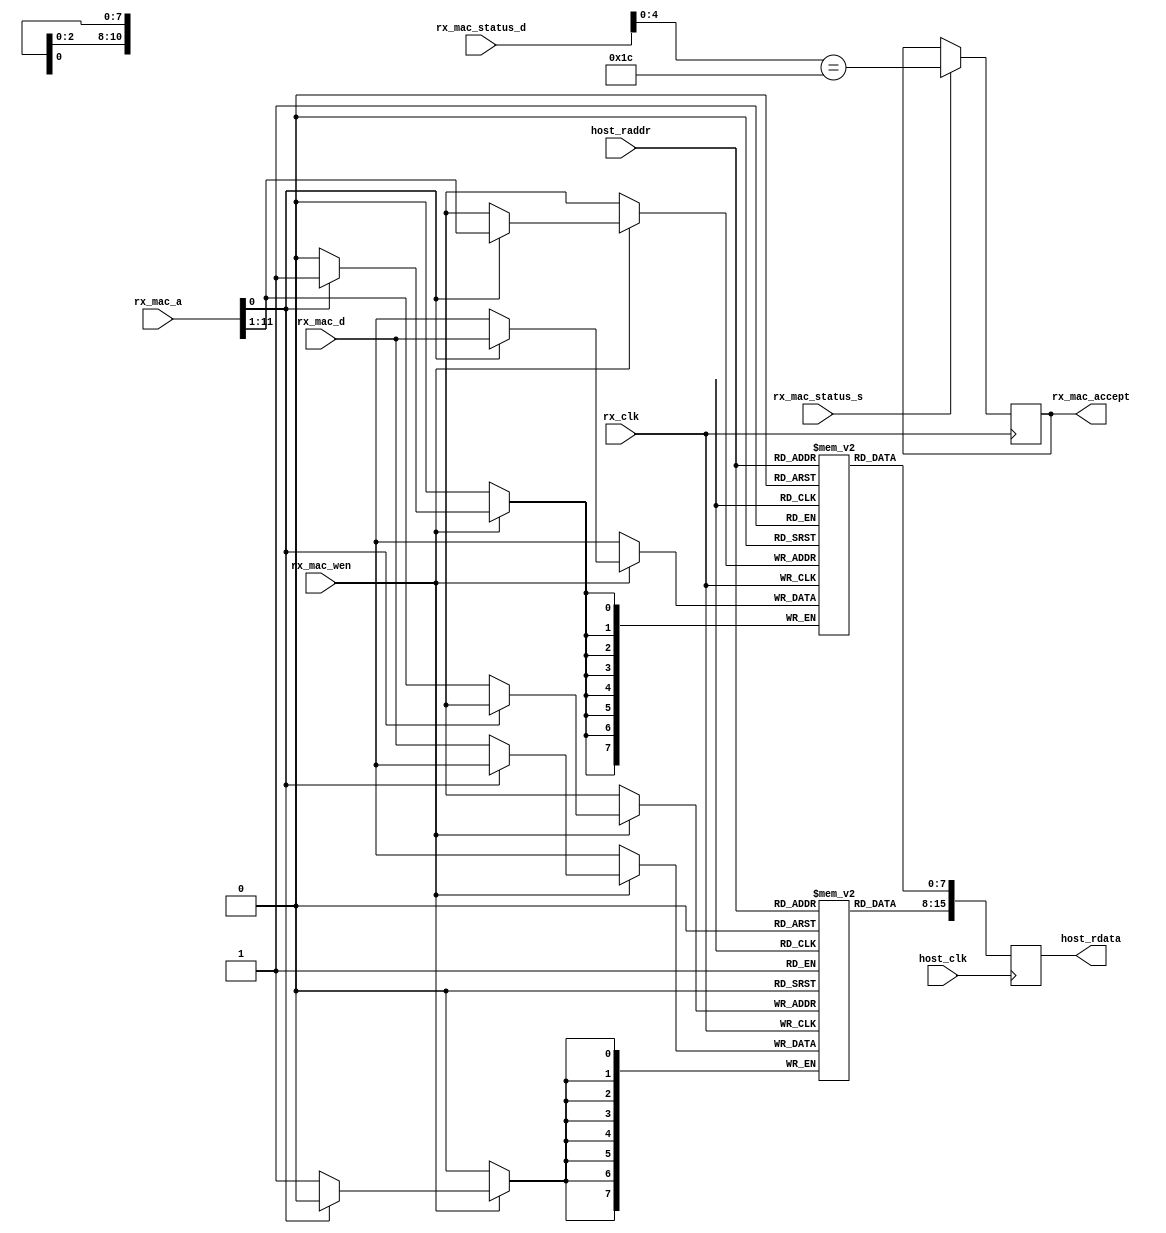
// Baseline/provisional/experimental Rx MAC,
// ties to functionality in pbuf_writer.v
//
// 11-bit host_raddr for dpram addressing.
// Packet memory appears to host as 16 bits wide,
// so 4 kBytes overall.
module base_rx_mac (
	// Host side of Rx MAC memory
	input host_clk,
	input [10:0] host_raddr,
	output reg [15:0] host_rdata,
	// port to Rx MAC memory
	input rx_clk,
	input [7:0] rx_mac_d,
	input [11:0] rx_mac_a,
	input rx_mac_wen,
	// port to Rx MAC packet selector
	output rx_mac_accept,
	input [7:0] rx_mac_status_d,
	input rx_mac_status_s
);
initial host_rdata=0;

// Dual-port RAM
localparam aw=11;
reg [7:0] pack_mem_l[0:(1<<aw)-1];
reg [7:0] pack_mem_h[0:(1<<aw)-1];
// Write from Ethernet, 8-bit port and therefore aw+1 address bits coming in
wire a_lsb = rx_mac_a[0];
wire [aw-1:0] a_msb = rx_mac_a[aw:1];
always @(posedge rx_clk) if (rx_mac_wen) begin
	if (a_lsb) pack_mem_l[a_msb] <= rx_mac_d;
	else       pack_mem_h[a_msb] <= rx_mac_d;
end
// Read from host
wire [aw-1:0] raddr = host_raddr;
always @(posedge host_clk) host_rdata <= {pack_mem_h[raddr], pack_mem_l[raddr]};

// Accept valid IP packets addressed to us, that won't be handled by fabric.
// See comments regarding status_vec in scanner.v.
reg rx_mac_accept_r=0;
always @(posedge rx_clk) if (rx_mac_status_s)
	rx_mac_accept_r <= rx_mac_status_d[4:0] == 5'b11100;
assign rx_mac_accept = rx_mac_accept_r;

endmodule